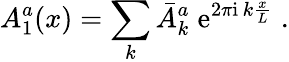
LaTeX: A_{1}^{a}(x)=\sum_{k}\bar{A}_{k}^{a}\; \mathrm{e}^{2\pi\mathrm{i}\, k\frac{x}{L}}\; .